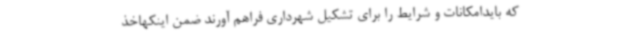
که بایدامکانات و شرایط را برای تشکیل شهرداری فراهم آورند ضمن اینکهاخذ